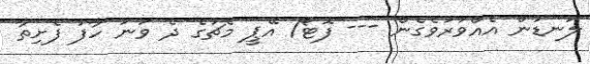
ލަނޑުން އެއްވަރުވެގެން --- ފޮޓޯ/ އޭޕީ މެޗުގެ ދެ ވަނަ ހާފު ފެށިތާ